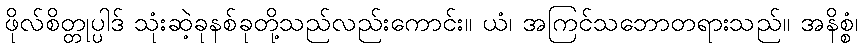
ဖိုလ်စိတ္တုပ္ပါဒ် သုံးဆဲ့ခုနစ်ခုတို့သည်လည်းကောင်း။ ယံ၊ အကြင်သဘောတရားသည်။ အနိစ္စံ၊